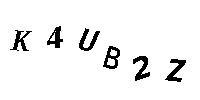
K4UB2Z